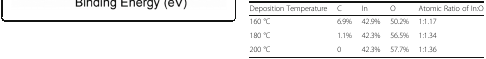
<table><thead><tr><td><b>Deposition Temperature</b></td><td><b>C</b></td><td><b>In</b></td><td><b>O</b></td><td><b>Atomic Ratio of In:O</b></td></tr></thead><tbody><tr><td>160 °C</td><td>6.9%</td><td>42.9%</td><td>50.2%</td><td>1:1.17</td></tr><tr><td>180 °C</td><td>1.1%</td><td>42.3%</td><td>56.5%</td><td>1:1.34</td></tr><tr><td>200 °C</td><td>0</td><td>42.3%</td><td>57.7%</td><td>1:1.36</td></tr></tbody></table>